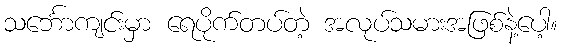
သင်္ဘောကျင်းမှာ ရေပိုက်တပ်တဲ့ အလုပ်သမားအဖြစ်နဲ့ပေါ့။